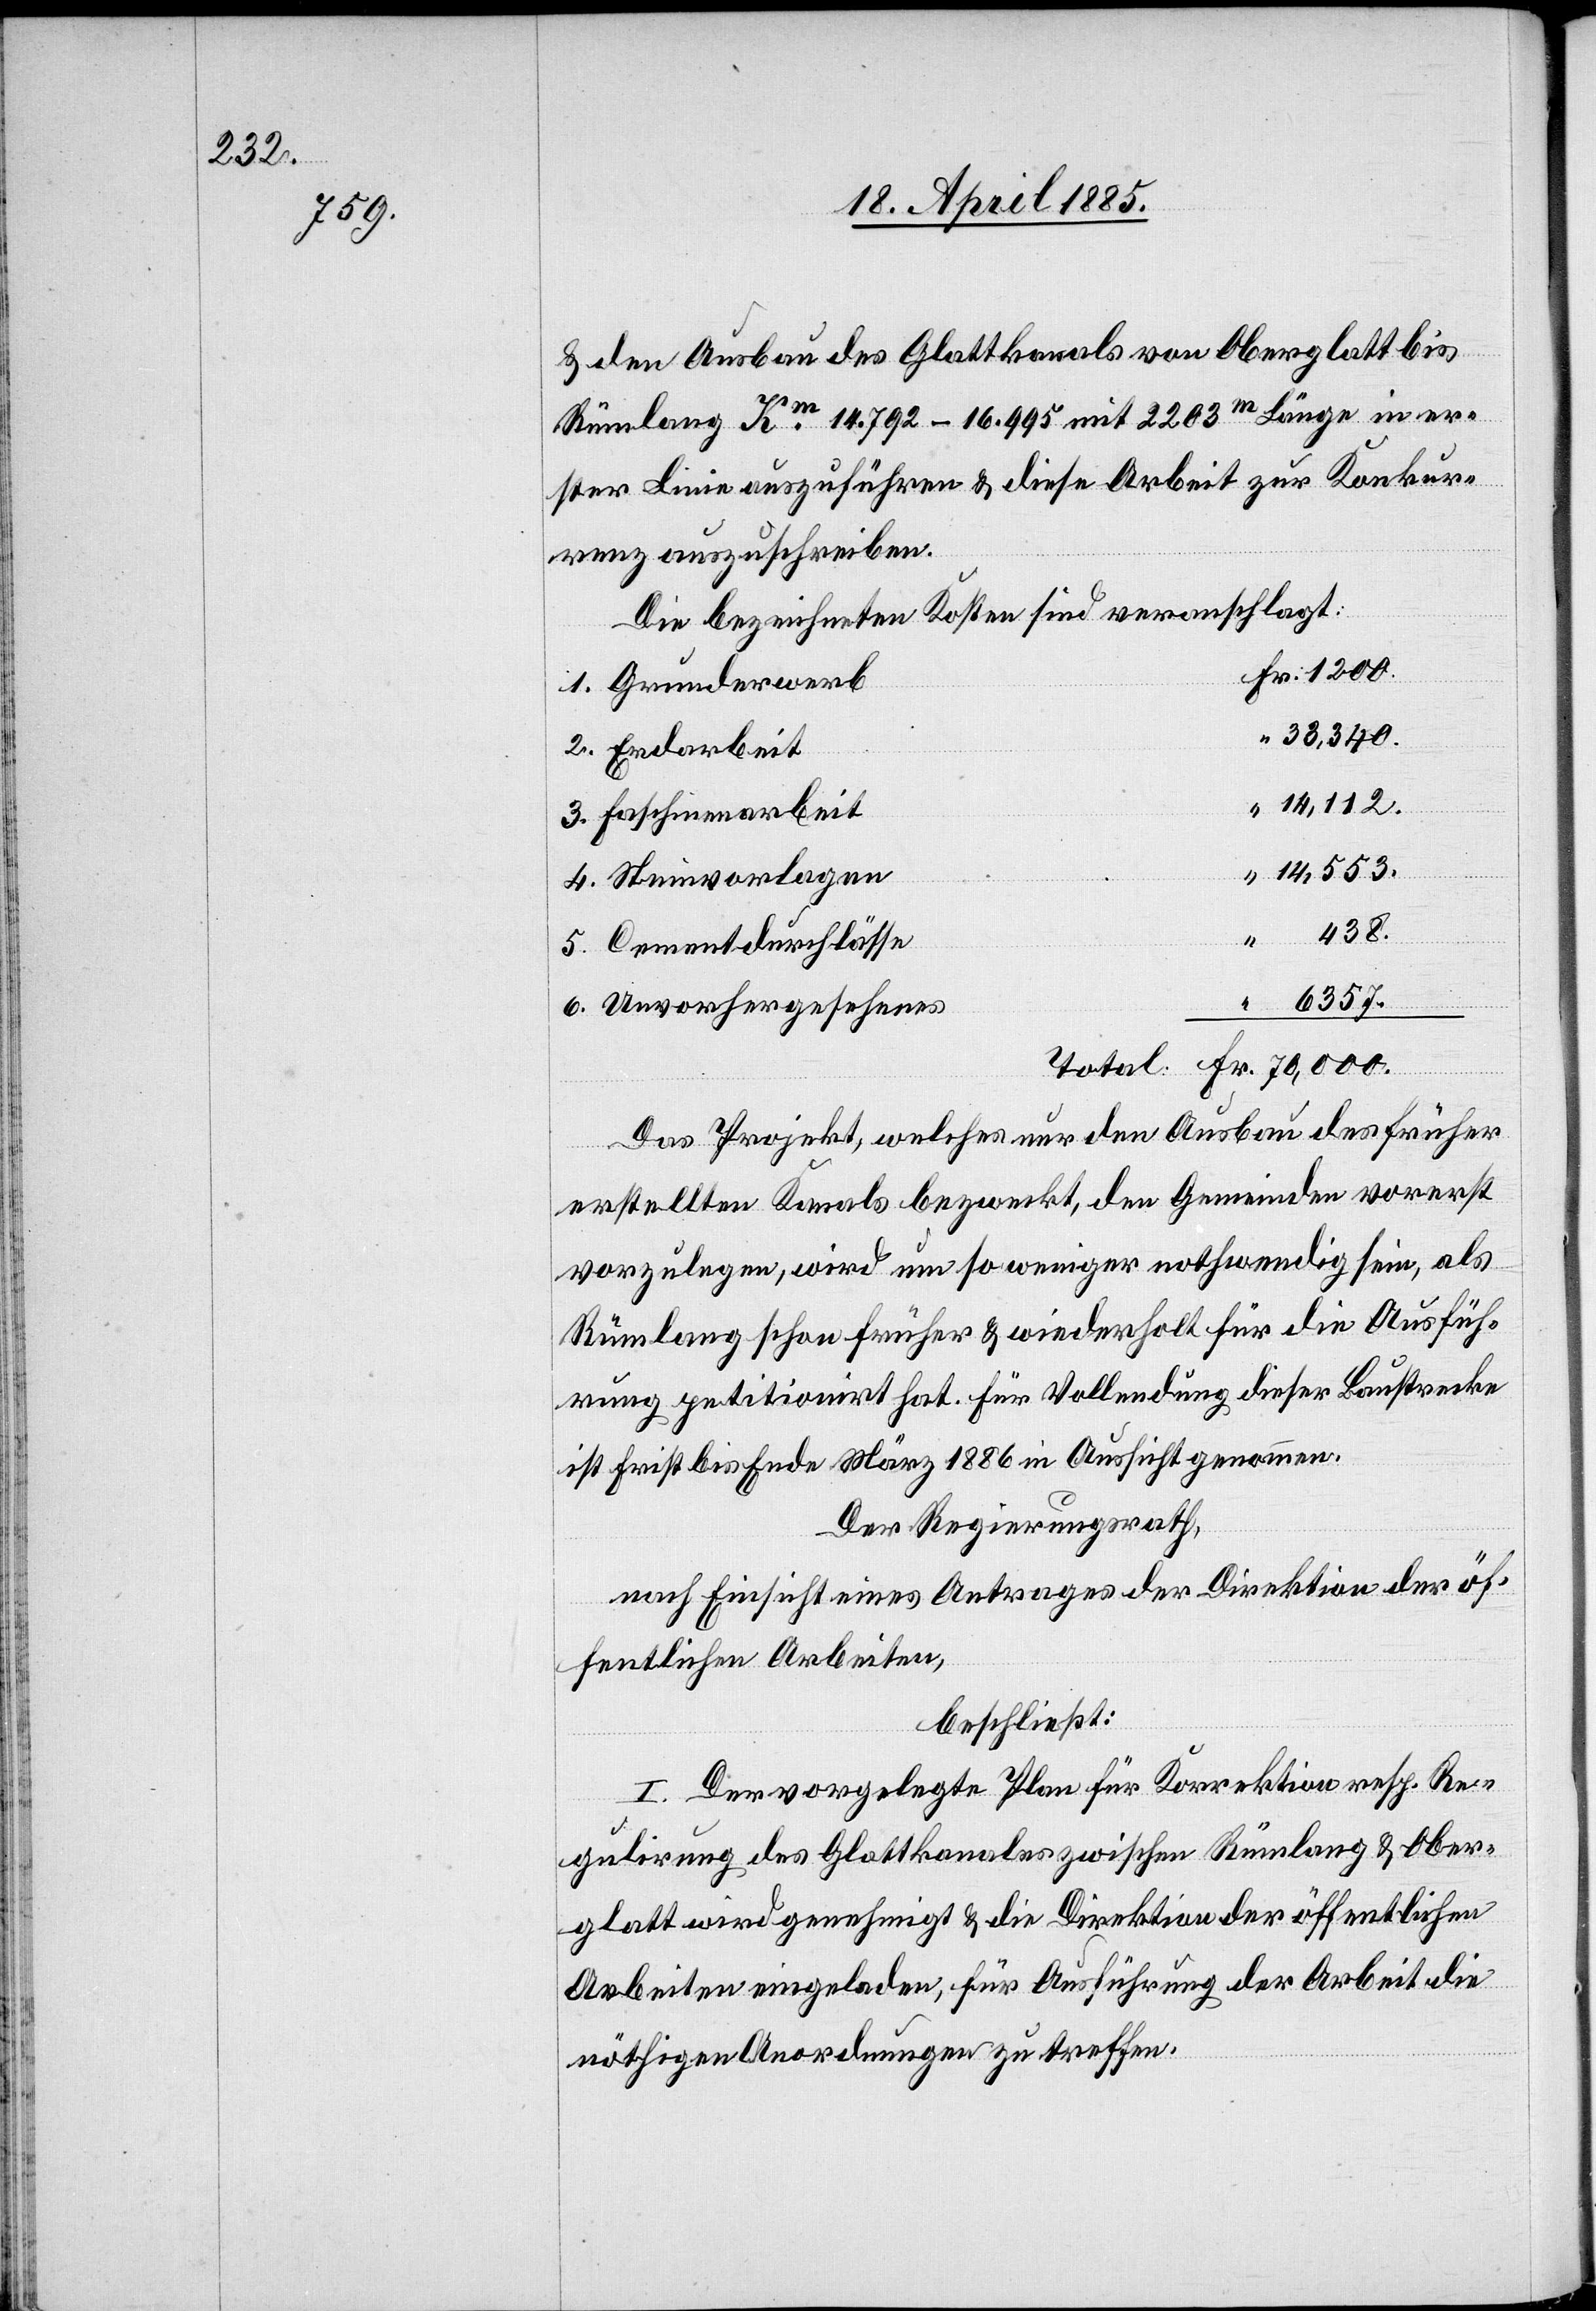
70,000.

& den Ausbau des Glattkanals von Oberglatt bis
Rümlang Km 14.792–16.995 mit 2203 m Länge in er¬
ster Linie auszuführen & diese Arbeit zur Konkur¬
renz auszuschreiben:
Die bezeichneten Kosten sind veranschlagt:
38,340.
14,112.
Faschinenarbeit
Fr.
14,553.
6357.
4.
Cementdurchlässe
Unvorhergesehenes
“
Das Projekt, welches nur den Ausbau des früher
Erdar¬
erstellten Kanals bezweckt, den Gemeinden vorerst
vorzulegen, wird um so weniger nothwendig sein, als
Rümlang schon früher & wiederholt für die Ausfüh¬
rung petitionirt hat. Für Vollendung dieser Baustrecke
ist Frist bis Ende März 1886 in Aussicht genommen.
Der Regierungsrath,
nach Einsicht eines Antrages der Direktion der öf¬
fentlichen Arbeiten,
beschließt:
I. Der vorgelegte Plan für Korrektion resp. Re¬
gulirung des Glattkanales zwischen Rümlang & Ober¬
glatt wird genehmigt & die Direktion der öffentlichen
Arbeiten eingeladen, für Ausführung der Arbeit die
nöthigen Anordnungen zu treffen.